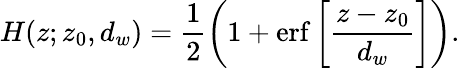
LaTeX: H(z;z_{0},d_{w})=\frac{1}{2}\left(1+\mathrm{erf}\left[\frac{z-z_{0}}{d_{w}}\right]\right).